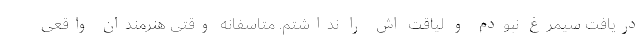
دریافت سیمرغ نبودم و لیاقت اش را نداشتم. متاسفانه وقتی هنرمندان واقعی